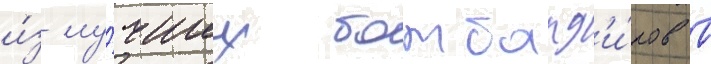
и́з лу́чших бомбард'и́ров в